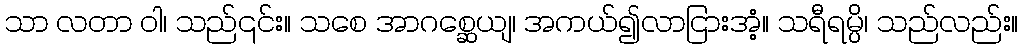
သာ လတာ ဝါ၊ သည်၎င်း။ သစေ အာဂစ္ဆေယျ၊ အကယ်၍လာငြားအံ့။ သရီရမ္ပိ၊ သည်လည်း။